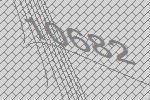
10682